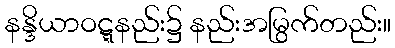
နန္ဒိယာဝဋ္ဋနည်း၌ နည်းအမြွက်တည်း။